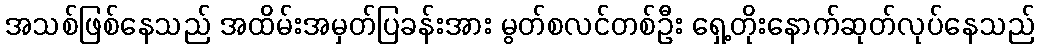
အသစ်ဖြစ်နေသည် အထိမ်းအမှတ်ပြခန်းအား မွတ်စလင်တစ်ဦး ရှေ့တိုးနောက်ဆုတ်လုပ်နေသည်